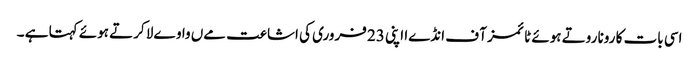
اسی بات کا رونا روتے ہوئے ٹائمز آ ف انڈےا اپنی 23 فروری کی اشاعت مےں واوےلا کرتے ہوئے کہتا ہے ۔